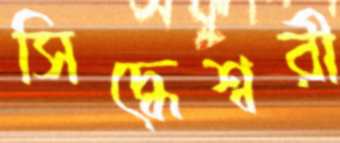
সিদ্ধেশ্বরী